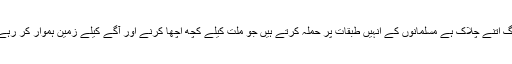
یہ لوگ اتنے چلاک ہے مسلمانوں کے انہیں طبقات پر حملہ کرتے ہیں جو ملت کیلے کچھ اچھا کرنے اور آگے کیلے زمین ہموار کر رہے ہیں۔